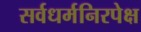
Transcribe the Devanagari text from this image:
सर्वधर्मनिरपेक्ष